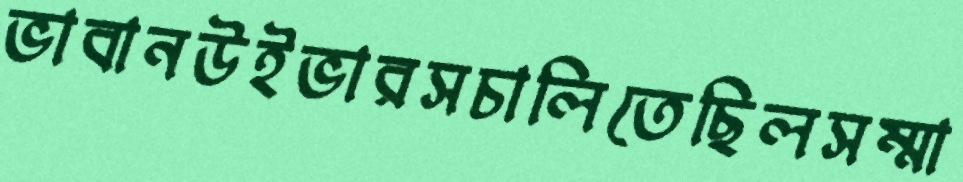
ভাবানউইভারসচালিতেছিলসম্মা